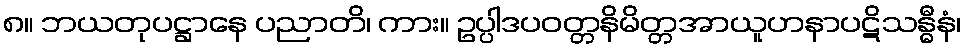
၈။ ဘယတုပဋ္ဌာနေ ပညာတိ၊ ကား။ ဥပ္ပါဒပဝတ္တနိမိတ္တအာယူဟနာပဋိသန္ဓီနံ၊